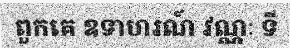
ពួកគេ ឧទាហរណ៍ វណ្ណៈ ទី